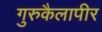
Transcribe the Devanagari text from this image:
गुरुकैलापीर